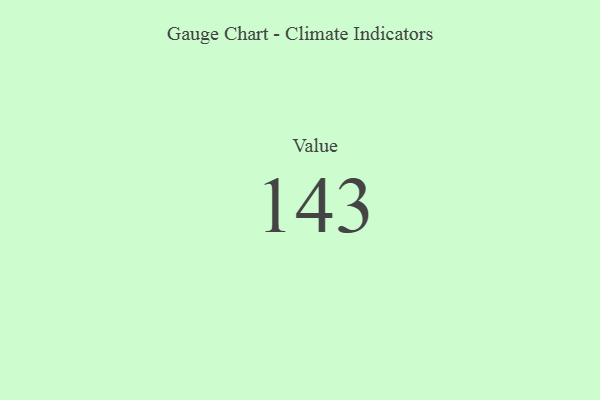
{"axis": {"x": "Metric", "y": "Value"}, "legend": [""], "data": [{"x": "Value", "y": 143, "type": ""}]}